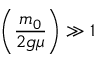
\left( { \frac { m _ { 0 } } { 2 g \mu } } \right) \gg 1